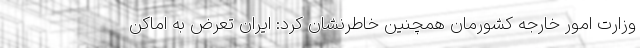
وزارت امور خارجه کشورمان همچنین خاطرنشان کرد: ایران تعرض به اماکن